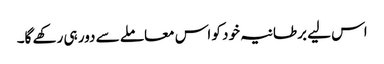
اس لیے برطانیہ خود کو اس معاملے سے دور ہی رکھے گا۔